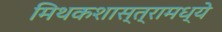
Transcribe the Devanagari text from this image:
मिथकशास्त्रामध्ये